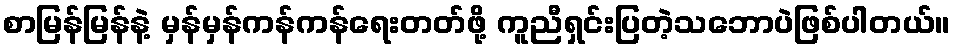
စာမြန်မြန်နဲ့ မှန်မှန်ကန်ကန်ရေးတတ်ဖို့ ကူညီရှင်းပြတဲ့သဘောပဲဖြစ်ပါတယ်။